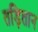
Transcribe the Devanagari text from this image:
तड़ितान